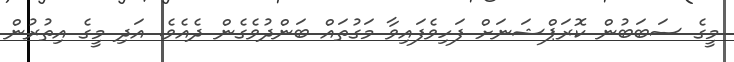
މީގެ ސަބަބުން ކޮރަޕްޝަނަށް ފަހިވެފައިވާ މަގުތައް ބަންދުވެގެން ދެއެވެ. އަދި މީގެ އިތުރުން